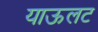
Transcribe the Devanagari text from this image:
याऊलट